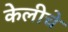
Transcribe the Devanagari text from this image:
केलीचे